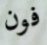
فون